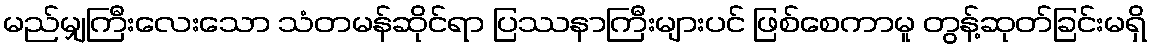
မည်မျှကြီးလေးသော သံတမန်ဆိုင်ရာ ပြဿနာကြီးများပင် ဖြစ်စေကာမူ တွန့်ဆုတ်ခြင်းမရှိ